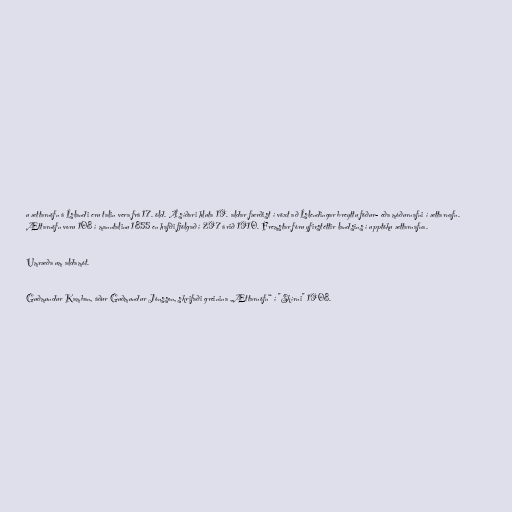
u ættarnöfn á Íslandi eru talin vera frá 17. öld. Á síðari hluta 19. aldar færðist í vöxt að Íslendingar breyttu föður- eða móðurnafni í ættarnafn.
Ættarnöfn voru 108 í manntalinu 1855 en hafði fjölgað í 297 árið 1910. Fremstar fóru yfirstéttir landsins í upptöku ættarnafna.

Umræða um aldamót.

Guðmundur Kamban, áður Guðmundur Jónsson, skrifaði greinina „Ættarnöfn“ í "Skírni" 1908.